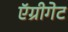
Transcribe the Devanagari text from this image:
ऍग्रीगेट